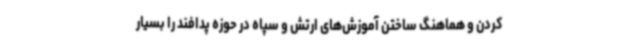
کردن و هماهنگ ساختن آموزش‌های ارتش و سپاه در حوزه پدافند را بسیار